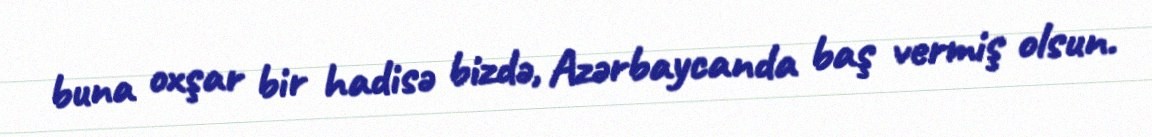
buna oxşar bir hadisə bizdə, Azərbaycanda baş vermiş olsun.